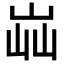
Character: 𡷈